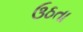
ઉઠતા